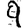
Digit: 9